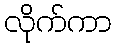
လိုက်ကာ